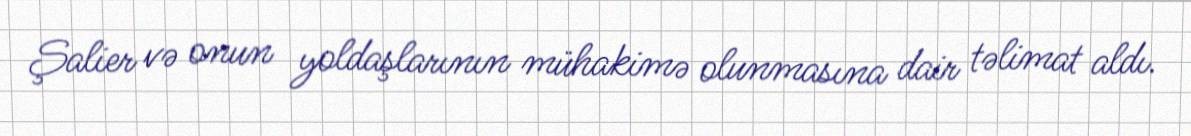
Şalier və onun yoldaşlarının mühakimə olunmasına dair təlimat aldı.